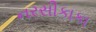
નરસીકાકા